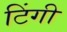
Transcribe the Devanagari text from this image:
टिंगी